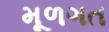
મૂળગત